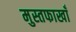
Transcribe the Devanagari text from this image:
मुस्तफाखाँ